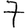
Digit: 7